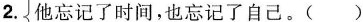
2.他忘记了时间，也忘记了自己。 ( )